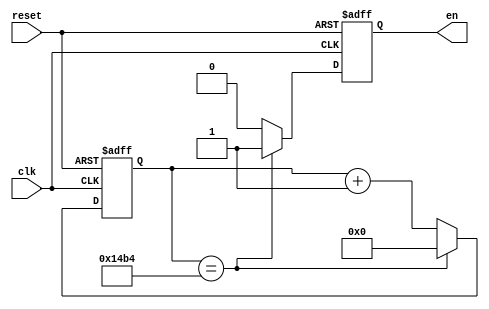
`timescale 1ns / 1ps
//////////////////////////////////////////////////////////////////////////////////
// Company: 
// Engineer: 
// 
// Design Name: 
// Module Name:    uart_clk_en 
// Project Name: 
// Target Devices: 
// Tool versions: 
// Description: 
//
// Dependencies: 
//
// Revision: 
// Revision 0.01 - File Created
// Additional Comments: 
//
//////////////////////////////////////////////////////////////////////////////////
module uart_clk_en(
    input clk,
    input reset,
    output reg en
    );
	 
	 
	 reg [12:0] counter;
	 
	 
	 always @(posedge clk or posedge reset) begin
		if(reset) begin
			counter <= 0;
			en <= 0;
		end 
		else begin
			en <= 0;
			counter <= counter + 1;
			if(counter == 5300) begin
				counter <= 0;
				en <= 1;
			end
		end
	 end


endmodule